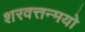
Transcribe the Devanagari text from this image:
शरवत्तन्मयो